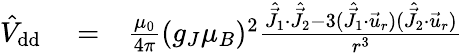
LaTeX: \begin{array}{rlr}{\hat{V}_{\mathrm{{dd}}}}&{{}=}&{\frac{\mu_{0}}{4\pi}(g_{J}\mu_{B})^{2}\frac{\hat{\vec{J}}_{1}\cdot\hat{\vec{J}}_{2}-3(\hat{\vec{J}}_{1}\cdot\vec{u}_{r})(\hat{\vec{J}}_{2}\cdot\vec{u}_{r})}{r^{3}}}\end{array}